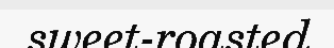
sweet-roasted